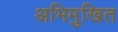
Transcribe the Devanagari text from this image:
अभिमुखित